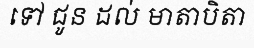
ទៅ ជូន ដល់ មាតាបិតា